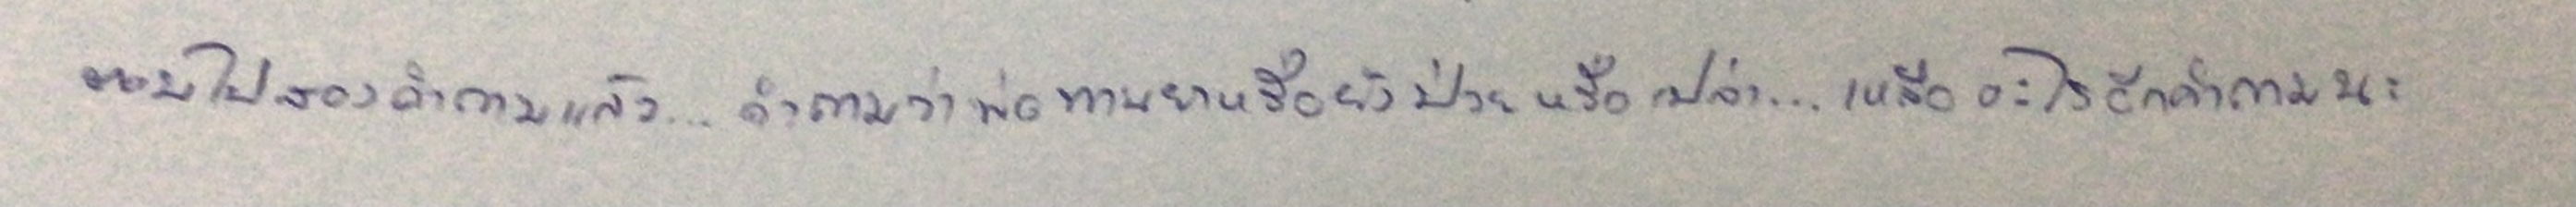
ตอบไปสองคำถามแล้ว...คำถามว่าพ่อทานยาหรือยังป่วยหรือเปล่า...เหลืออะไรอีกคำถามนะ